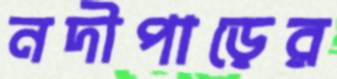
নদীপাড়ের